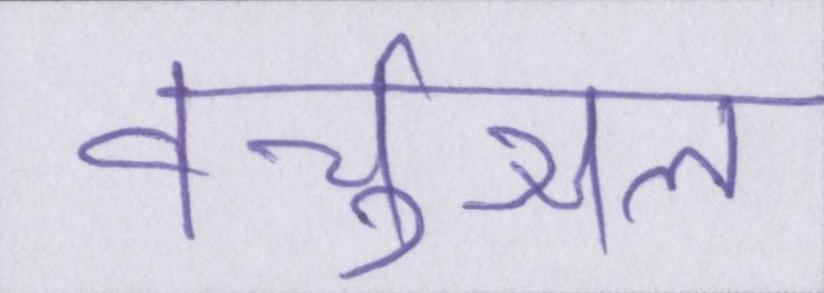
वर्चुअल